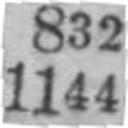
1144